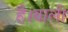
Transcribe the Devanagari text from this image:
है।बाली